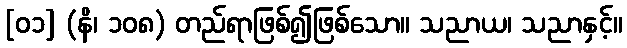
[၀၁] (နိ၊ ၁၀၈) တည်ရာဖြစ်၍ဖြစ်သော။ သညာယ၊ သညာနှင့်။